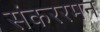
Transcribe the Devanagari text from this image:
संकररमन